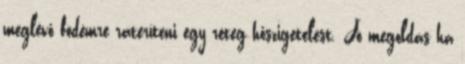
meglévő födémre ráteríteni egy réteg hőszigetelést. Jó megoldás ha